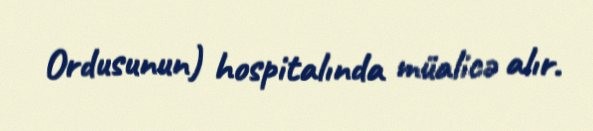
Ordusunun) hospitalında müalicə alır.